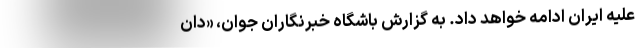
علیه ایران ادامه خواهد داد. به گزارش باشگاه خبرنگاران جوان، «دان